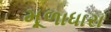
મૂળાધારા